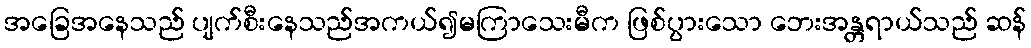
အခြေအနေသည် ပျက်စီးနေသည်အကယ်၍မကြာသေးမီက ဖြစ်ပွားသော ဘေးအန္တရာယ်သည် ဆန်